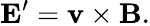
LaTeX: \mathbf{E}^{\prime}=\mathbf{v}\times\mathbf{B}.